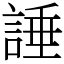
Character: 諈